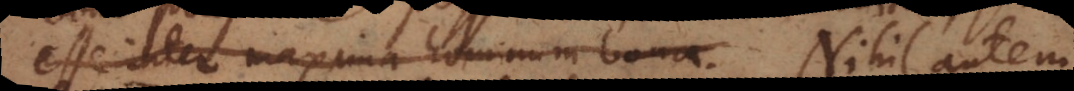
esse inter maxima hominum bona. Nihil aute